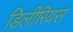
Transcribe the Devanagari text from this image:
डिलीरियस